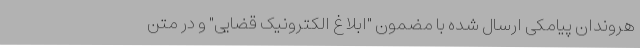
هروندان پیامکی ارسال شده با مضمون "ابلاغ الکترونیک قضایی" و در متن